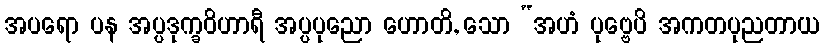
အပရော ပန အပ္ပဒုက္ခဝိဟာရီ အပ္ပပုညော ဟောတိ, သော “အဟံ ပုဗ္ဗေပိ အကတပုညတာယ